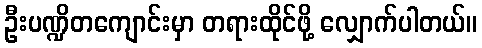
ဦးပဏ္ဍိတကျောင်းမှာ တရားထိုင်ဖို့ လျှောက်ပါတယ်။